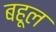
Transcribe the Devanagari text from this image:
बहूल